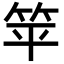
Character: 𬔳